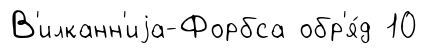
В'илканн'иjа-Форбса обр'я́д 10